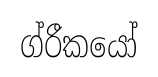
ග්රීකයෝ